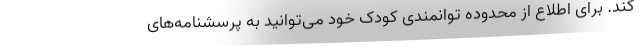
کند. برای اطلاع از محدوده توانمندی کودک خود می‌توانید به پرسشنامه‌های